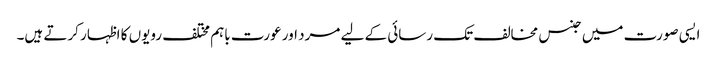
ایسی صورت میں جنس مخالف تک رسائی کے لیے مرد اور عورت باہم مختلف رویوں کا اظہار کرتے ہیں۔